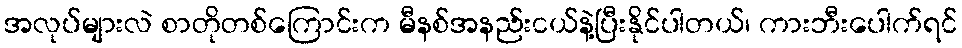
အလုပ်များလဲ စာတိုတစ်ကြောင်းက မီနစ်အနည်းငယ်နဲ့ပြီးနိုင်ပါတယ်၊ ကားဘီးပေါက်ရင်